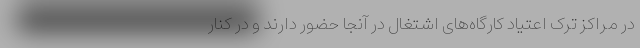
در مراکز ترک اعتیاد کارگاه‌های اشتغال در آنجا حضور دارند و در کنار